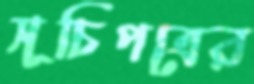
সূচিপত্রের